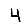
Digit: 4